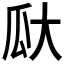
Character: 𪼳